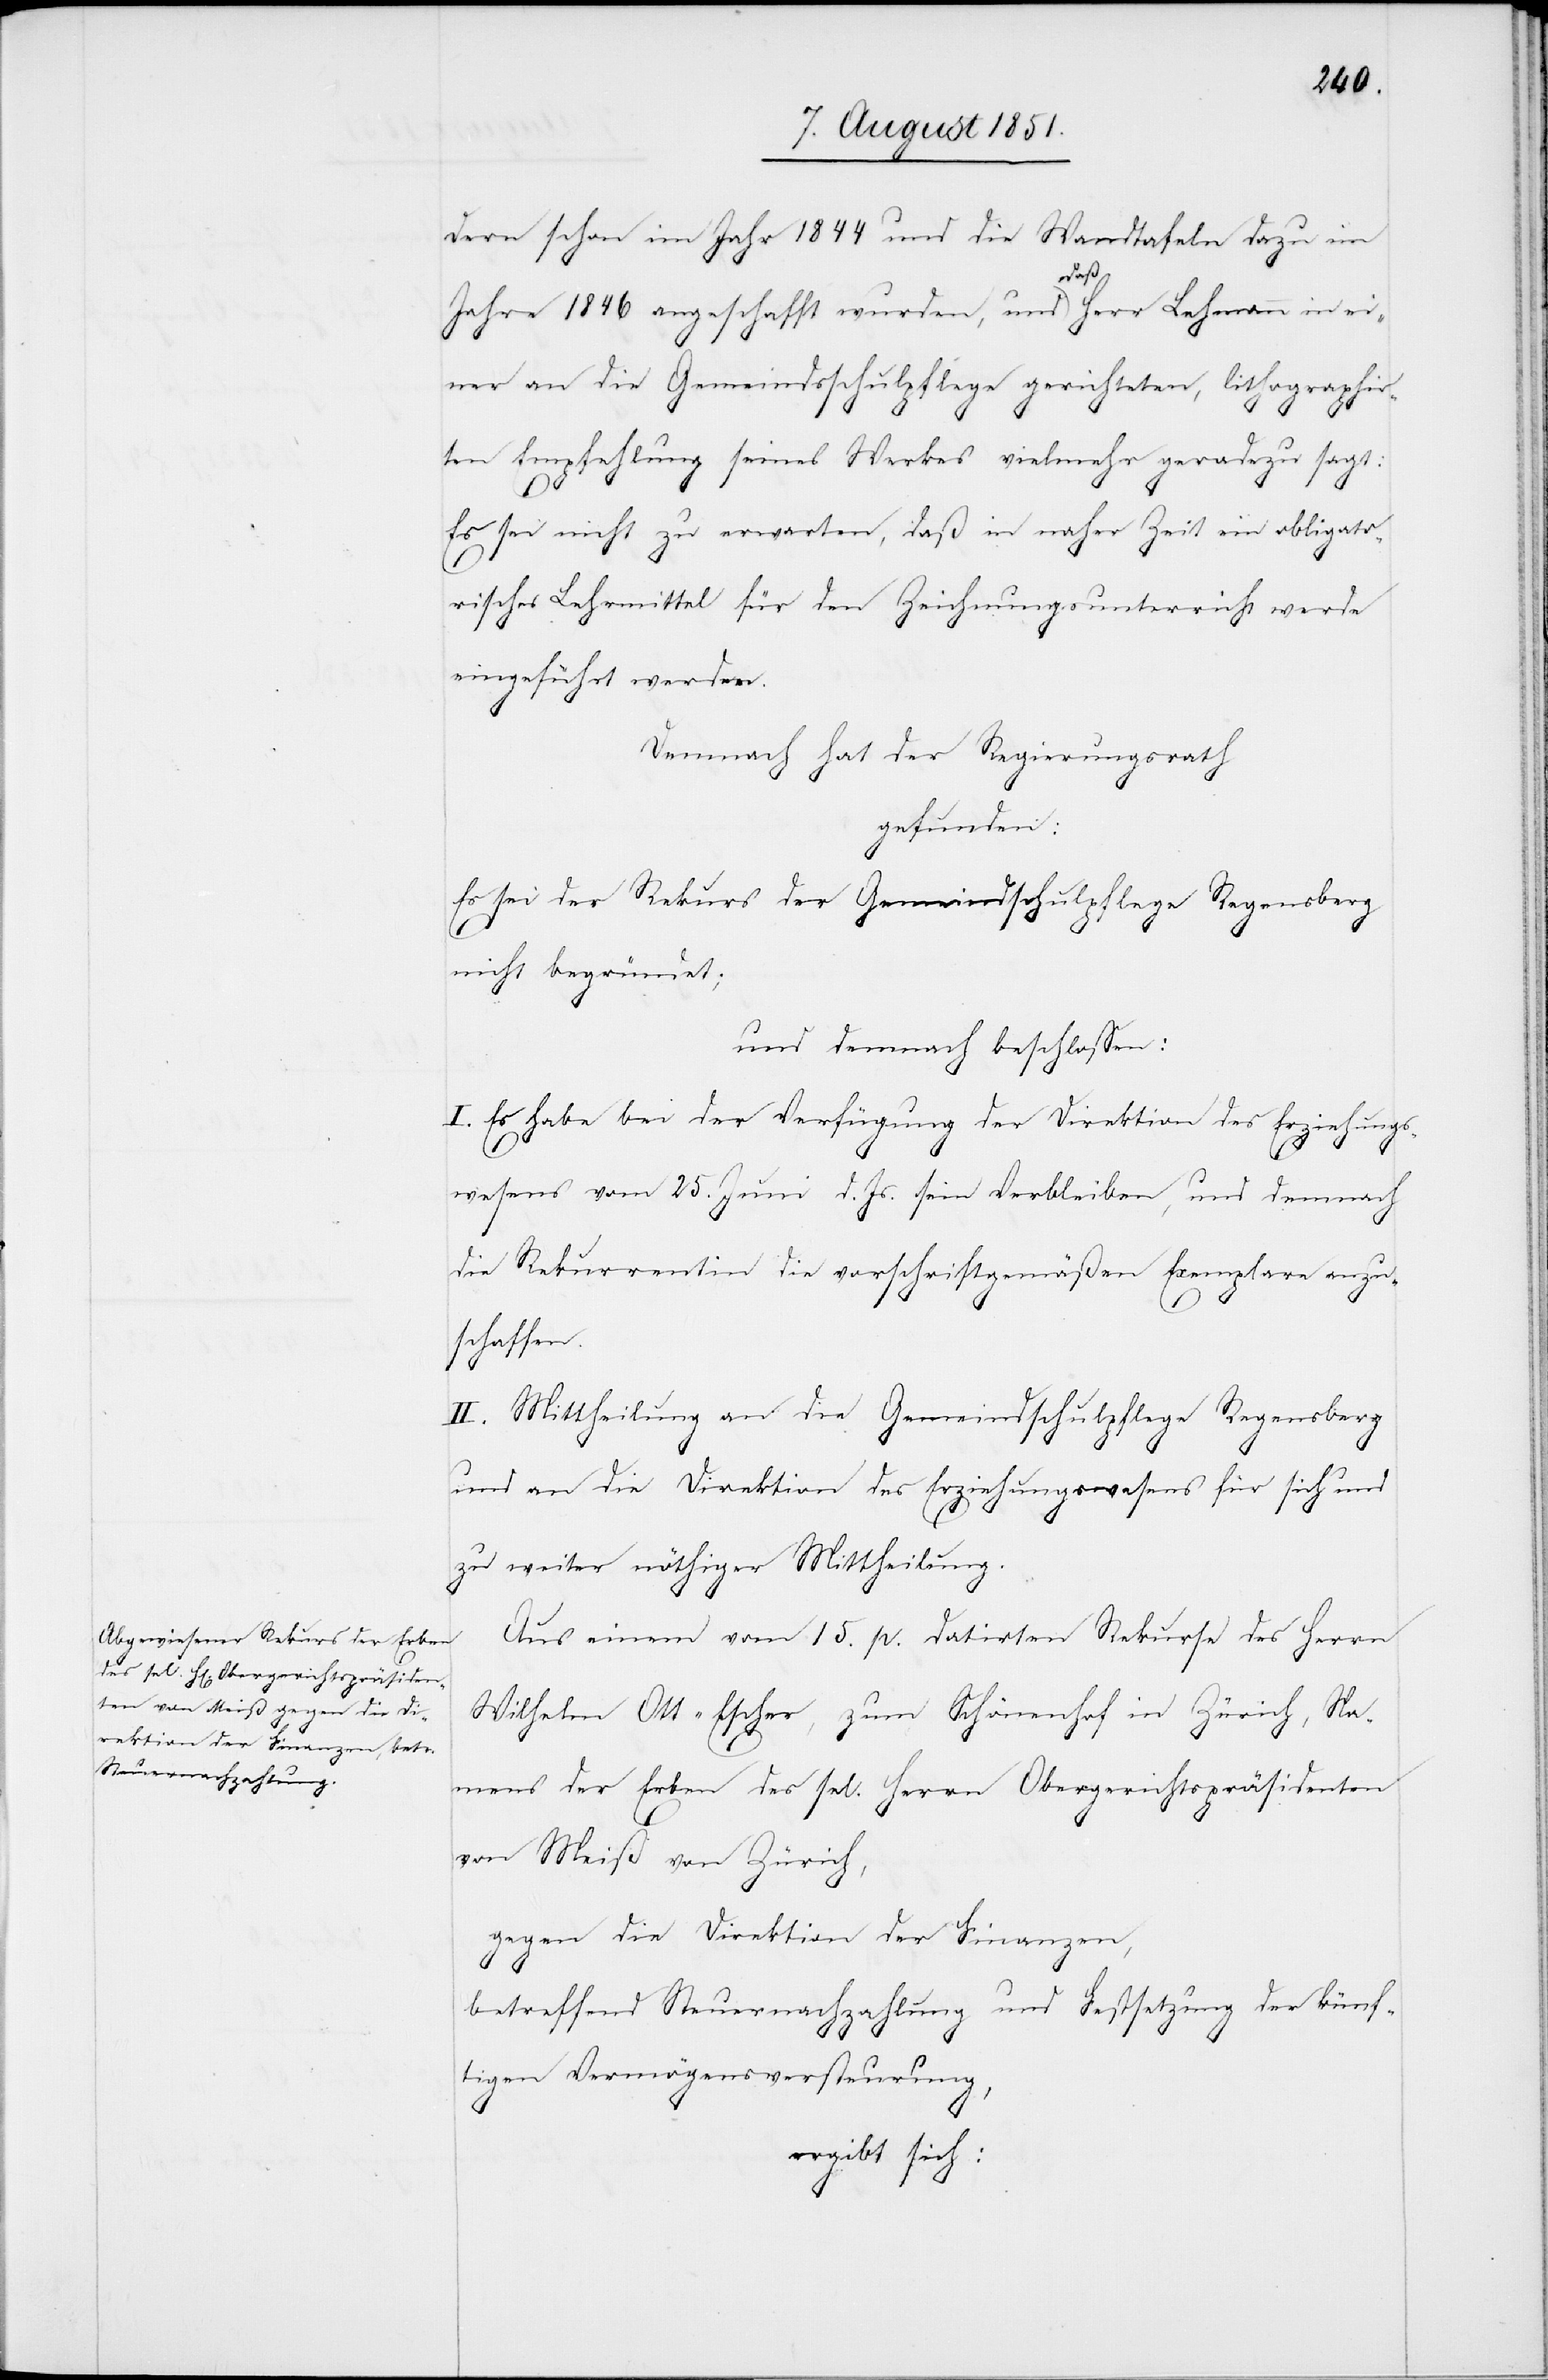
dern schon im Jahr 1844 und die Wandtafeln dazu im
Jahre 1846 angeschafft wurden, und daß Herr Lehmann in ei¬
ner an die Gemeindsschulpflege gerichteten, lithographir¬
ten Empfehlung seines Werkes vielmehr geradezu sagt:
Es sei nicht zu erwarten, daß in naher Zeit ein obligato¬
risches Lehrmittel für den Zeichnungsunterricht werde
eingeführt werden.
Demnach hat der Regierungsrath
gefunden:
Es sei der Rekurs der Gemeindschulpflege Regensberg
nicht begründet;
und demnach beschlossen:
I. Es habe bei der Verfügung der Direktion des Erziehungs¬
wesens vom 25. Juni d. Js. sein Verbleiben, und demnach
die Rekurrentin die vorschriftgemäßen Exemplare anzu¬
schaffen.
II. Mittheilung an die Gemeindschulpflege Regensberg
und an die Direktion des Erziehungswesens für sich und
zu weiter nöthiger Mittheilung.
Aus einem vom 15. p. datirten Rekurse des Herrn
Wilhelm Ott-Escher, zum Schönenhof in Zürich, Na¬
mens der Erben des sel. Herrn Obergerichtspräsidenten
von Meiß von Zürich,
gegen die Direktion der Finanzen,
betreffend Steuernachzahlung und Festsetzung der künf¬
tigen Vermögensversteurung,
ergibt sich: